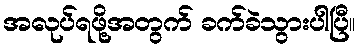
အလုပ်ရဖို့အတွက် ခက်ခဲသွားပါပြီ။